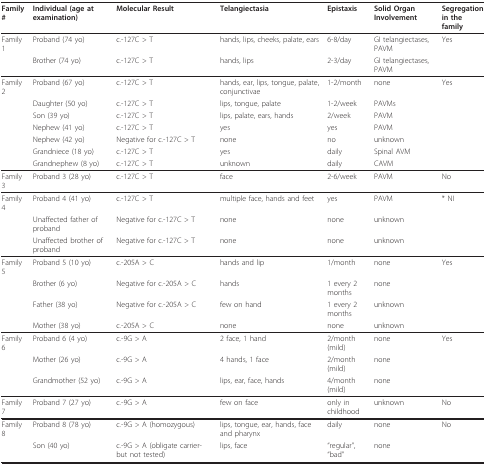
<table><thead><tr><td><b>Family #</b></td><td><b>Individual (age at examination)</b></td><td><b>Molecular Result</b></td><td><b>Telangiectasia</b></td><td><b>Epistaxis</b></td><td><b>Solid Organ Involvement</b></td><td><b>Segregationin the family</b></td></tr></thead><tbody><tr><td>Family 1</td><td>Proband (74 yo)</td><td>c.-127C &gt; T</td><td>hands, lips, cheeks, palate, ears</td><td>6-8/day</td><td>GI telangiectases, PAVM</td><td>Yes</td></tr><tr><td></td><td>Brother (74 yo)</td><td>c.-127C &gt; T</td><td>hands, lips</td><td>2-3/day</td><td>GI telangiectases, PAVM</td><td></td></tr><tr><td>Family 2</td><td>Proband (67 yo)</td><td>c.-127C &gt; T</td><td>hands, ear, lips, tongue, palate, conjunctivae</td><td>1-2/month</td><td>none</td><td>Yes</td></tr><tr><td></td><td>Daughter (50 yo)</td><td>c.-127C &gt; T</td><td>lips, tongue, palate</td><td>1-2/week</td><td>PAVMs</td><td></td></tr><tr><td></td><td>Son (39 yo)</td><td>c.-127C &gt; T</td><td>lips, palate, ears, hands</td><td>2/week</td><td>PAVM</td><td></td></tr><tr><td></td><td>Nephew (41 yo)</td><td>c.-127C &gt; T</td><td>yes</td><td>yes</td><td>PAVM</td><td></td></tr><tr><td></td><td>Nephew (42 yo)</td><td>Negative for c.-127C &gt; T</td><td>none</td><td>no</td><td>unknown</td><td></td></tr><tr><td></td><td>Grandniece (18 yo)</td><td>c.-127C &gt; T</td><td>yes</td><td>daily</td><td>Spinal AVM</td><td></td></tr><tr><td></td><td>Grandnephew (8 yo)</td><td>c.-127C &gt; T</td><td>unknown</td><td>daily</td><td>CAVM</td><td></td></tr><tr><td>Family 3</td><td>Proband 3 (28 yo)</td><td>c.-127C &gt; T</td><td>face</td><td>2-6/week</td><td>PAVM</td><td>No</td></tr><tr><td>Family 4</td><td>Proband 4 (41 yo)</td><td>c.-127C &gt; T</td><td>multiple face, hands and feet</td><td>yes</td><td>PAVM</td><td>* NI</td></tr><tr><td></td><td>Unaffected father of proband</td><td>Negative for c.-127C &gt; T</td><td>none</td><td>none</td><td>unknown</td><td></td></tr><tr><td></td><td>Unaffected brother of proband</td><td>Negative for c.-127C &gt; T</td><td>none</td><td>none</td><td>unknown</td><td></td></tr><tr><td>Family 5</td><td>Proband 5 (10 yo)</td><td>c.-205A &gt; C</td><td>hands and lip</td><td>1/month</td><td>none</td><td>Yes</td></tr><tr><td></td><td>Brother (6 yo)</td><td>Negative for c.-205A &gt; C</td><td>hands</td><td>1 every 2 months</td><td>none</td><td></td></tr><tr><td></td><td>Father (38 yo)</td><td>Negative for c.-205A &gt; C</td><td>few on hand</td><td>1 every 2 months</td><td>unknown</td><td></td></tr><tr><td></td><td>Mother (38 yo)</td><td>c.-205A &gt; C</td><td>none</td><td>none</td><td>unknown</td><td></td></tr><tr><td>Family 6</td><td>Proband 6 (4 yo)</td><td>c.-9G &gt; A</td><td>2 face, 1 hand</td><td>2/month (mild)</td><td>none</td><td>Yes</td></tr><tr><td></td><td>Mother (26 yo)</td><td>c.-9G &gt; A</td><td>4 hands, 1 face</td><td>2/month (mild)</td><td>none</td><td></td></tr><tr><td></td><td>Grandmother (52 yo)</td><td>c.-9G &gt; A</td><td>lips, ear, face, hands</td><td>4/month (mild)</td><td>none</td><td></td></tr><tr><td>Family 7</td><td>Proband 7 (27 yo)</td><td>c.-9G &gt; A</td><td>few on face</td><td>only in childhood</td><td>unknown</td><td>No</td></tr><tr><td>Family 8</td><td>Proband 8 (78 yo)</td><td>c.-9G &gt; A (homozygous)</td><td>lips, tongue, ear, hands, face and pharynx</td><td>daily</td><td>none</td><td>No</td></tr><tr><td></td><td>Son (40 yo)</td><td>c.-9G &gt; A (obligate carrier- but not tested)</td><td>lips, face</td><td>&quot;regular&quot;, &quot;bad&quot;</td><td>none</td><td></td></tr></tbody></table>